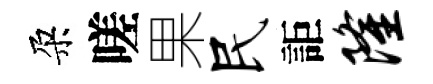
朶嗟果民詎隆